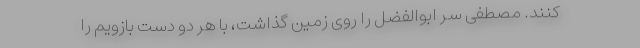
کنند. مصطفی سر ابوالفضل را روی زمین گذاشت، با هر دو دست بازویم را